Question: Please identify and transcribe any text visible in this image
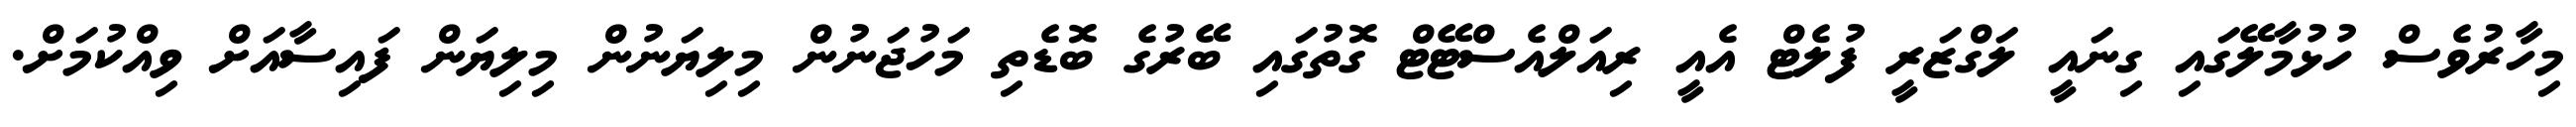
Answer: މިހާރުވެސް ހުޅުމާލޭގައި ގިނައީ ލަގްޒަރީ ފުލެޓް އެއީ ރިއަލްއެސްޓޭޓް ގޮތުގައި ބޭރުގެ ބޮޑެތި މަހުޖަނުން މިލިޔަނުން މިލިޔަން ފައިސާއަށް ވިއްކުމަށް.